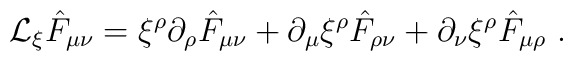
{\cal L}_\xi\hat F_{\mu\nu}=\xi^\rho\partial_\rho \hat F_{\mu\nu}+\partial_\mu\xi^\rho \hat F_{\rho\nu}+\partial_\nu\xi^\rho \hat F_{\mu\rho}\ .